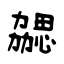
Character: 勰